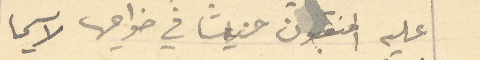
عليه المنقبون حينها في ضواحيها لاسيما